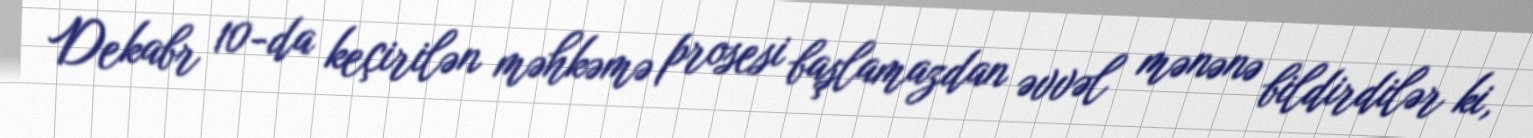
Dekabr 10-da keçirilən məhkəmə prosesi başlamazdan əvvəl mənənə bildirdilər ki,